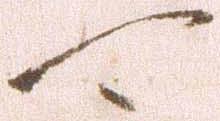
可